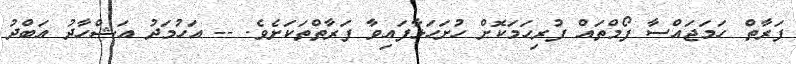
ފަރާތް ހަމަޖައްސާ ފޯމްތައް ފުރިހަމަކޮށް ހުށަހަޅާފައިވާ ފަރާތްތަކަށެވެ. -- އަހުމަދު އަޝްހާދު އަބްދު